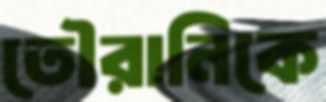
তৌরানিকে